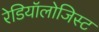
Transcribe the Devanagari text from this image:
रेडियॉलोजिस्ट